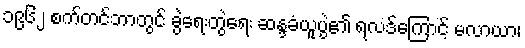
၁၉၆၂ စက်တင်ဘာတွင် ခွဲရေးတွဲရေး ဆန္ဒခံယူပွဲ၏ ရလဒ်ကြောင့် မလာယာ၊